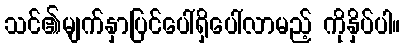
သင်၏မျက်နှာပြင်ပေါ်ရှိပေါ်လာမည့် ကိုနှိပ်ပါ။